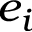
e _ { i }